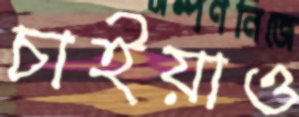
চাইয়াও